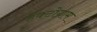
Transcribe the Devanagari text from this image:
हेक्टोग्राम